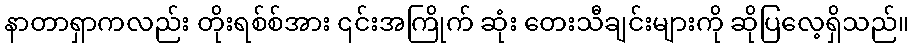
နာတာရှာကလည်း တိုးရစ်စ်အား ၎င်းအကြိုက် ဆုံး တေးသီချင်းများကို ဆိုပြလေ့ရှိသည်။